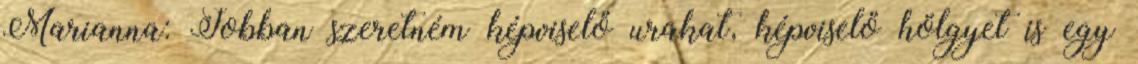
Marianna: Jobban szeretném képviselő urakat, képviselő hölgyet is egy